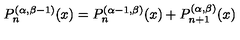
P _ { n } ^ { ( \alpha , \beta - 1 ) } ( x ) = P _ { n } ^ { ( \alpha - 1 , \beta ) } ( x ) + P _ { n + 1 } ^ { ( \alpha , \beta ) } ( x )